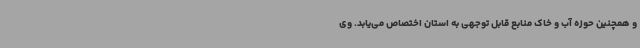
و همچنین حوزه آب و خاک منابع قابل توجهی به استان اختصاص می‌یابد. وی